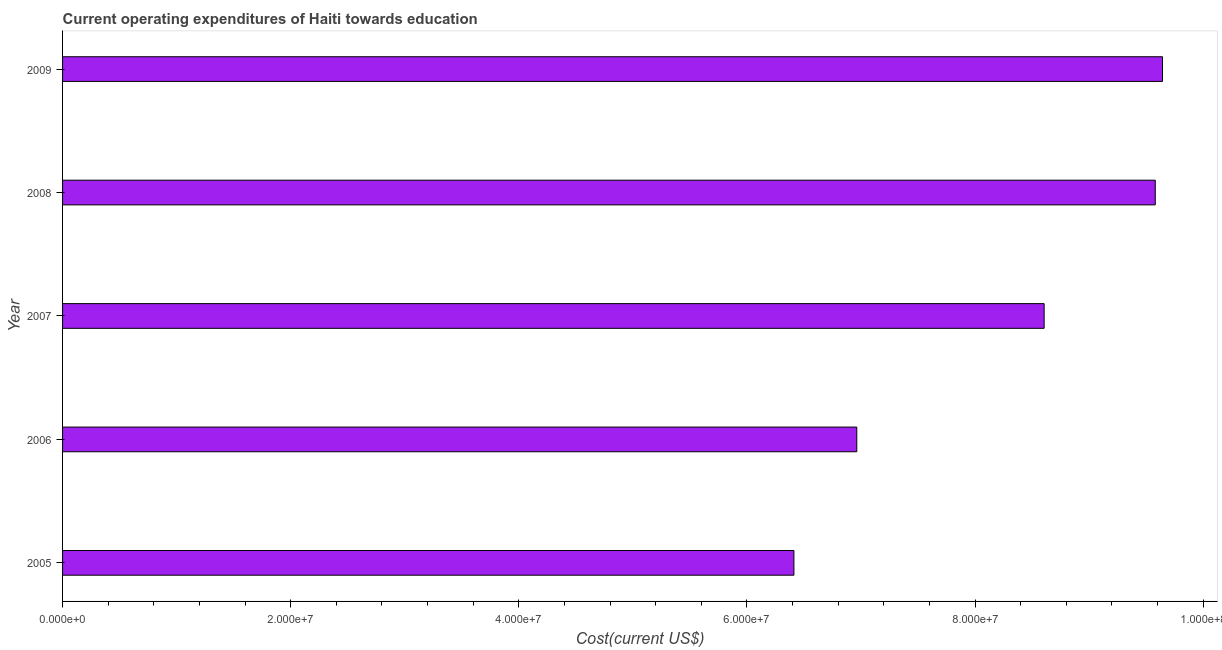
| Year | Education expenditure |
 | --- | --- |
 | 2005 | 6.41e+07 |
 | 2006 | 6.96e+07 |
 | 2007 | 8.61e+07 |
 | 2008 | 9.58e+07 |
 | 2009 | 9.64e+07 |